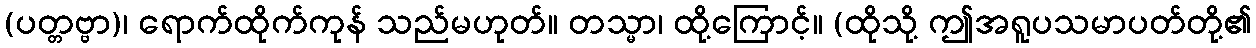
(ပတ္တဗ္ဗာ)၊ ရောက်ထိုက်ကုန် သည်မဟုတ်။ တသ္မာ၊ ထို့ကြောင့်။ (ထိုသို့ ဤအရူပသမာပတ်တို့၏